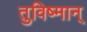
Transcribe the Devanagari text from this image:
तुविष्मान्